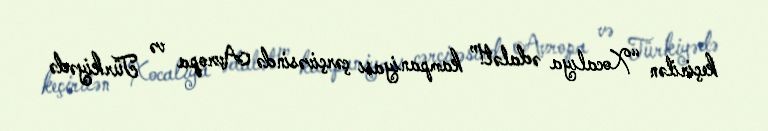
keçirilən “Xocalıya ədalət!” kampaniyası çərçivəsində Avropa və Türkiyədə